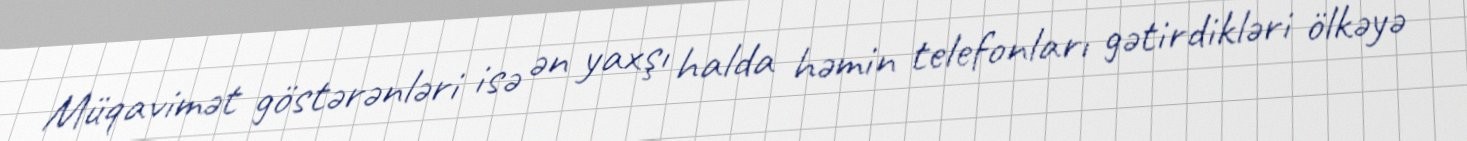
Müqavimət göstərənləri isə ən yaxşı halda həmin telefonları gətirdikləri ölkəyə